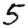
Digit: 5